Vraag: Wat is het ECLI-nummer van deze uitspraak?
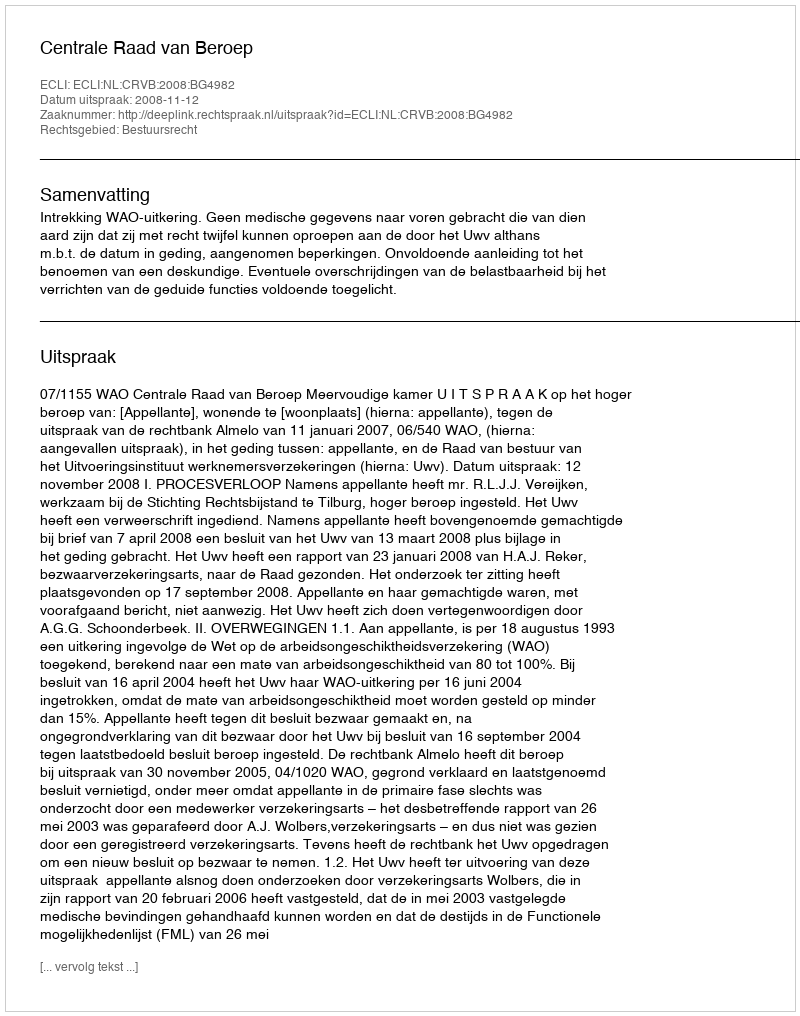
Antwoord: ECLI:NL:CRVB:2008:BG4982